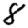
Digit: 8